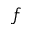
f